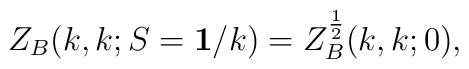
Z_B(k,k;S={\bf 1}/k)=Z_B^{1\over2}(k,k;0),